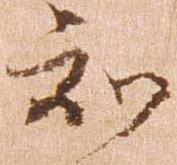
知